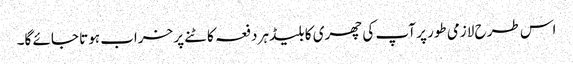
اس طرح لازمی طور پر آپ کی چھری کا بلیڈ ہر دفعہ کاٹنے پر خراب ہوتا جائے گا۔